Indian journal of veterinary science and animal husbandry - Volumes 24-25, 1954-1955
Year: 1954
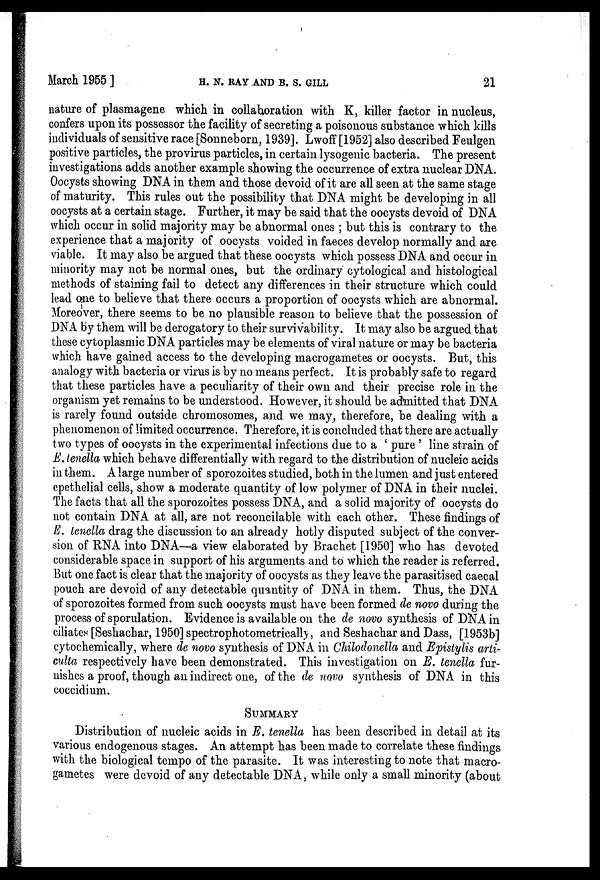
March 1955]
H.
N.
RAY
AND
B.
S.
GILL
21
nature of plasmagene which in collaboration with K, killer factor in nucleus,
confers upon its possessor the facility of secreting a poisonous substance which kills
individuals of sensitive race [Sonneborn, 1939]. Lwoff [1952] also described Feulgen
positive particles, the provirus particles, in certain lysogenic bacteria. The present
investigations adds another example showing the occurrence of extra nuclear DNA.
Oocysts showing DNA in them and those devoid of it are all seen at the same stage
of maturity. This rules out the possibility that DNA might be developing in all
oocysts at a certain stage. Further, it may be said that the oocysts devoid of DNA
which occur in solid majority may be abnormal ones ; but this is contrary to the
experience that a majority of oocysts voided in faeces develop normally and are
viable. It may also be argued that these oocysts which possess DNA and occur in
minority may not be normal ones, but the ordinary cytological and histological
methods of staining fail to detect any differences in their structure which could
lead one to believe that there occurs a proportion of oocysts which are abnormal.
Moreover, there seems to be no plausible reason to believe that the possession of
DNA by them will be derogatory to their survivability. It may also be argued that
these cytoplasmic DNA particles may be elements of viral nature or may be bacteria
which have gained access to the developing macrogametes or oocysts. But, this
analogy with bacteria or virus is by no means perfect. It is probably safe to regard
that these particles have a peculiarity of their own and their precise role in the
organism yet remains to be understood. However, it should be admitted that DNA
is rarely found outside chromosomes, and we may, therefore, be dealing with a
phenomenon of limited occurrence. Therefore, it is concluded that there are actually
two types of oocysts in the experimental infections due to a ' pure' line strain of
E. tenella which behave differentially with regard to the distribution of nucleic acids
in them. A large number of sporozoites studied, both in the lumen and just entered
epethelial cells, show a moderate quantity of low polymer of DNA in their nuclei.
The facts that all the sporozoites possess DNA, and a solid majority of oocysts do
not contain DNA at all, are not reconcilable with each other. These findings of
E. tenella drag the discussion to an already hotly disputed subject of the conver-
sion of RNA into DNA—a view elaborated by Brachet [1950] who has devoted
considerable space in support of his arguments and to which the reader is referred.
But one fact is clear that the majority of oocysts as they leave the parasitised caecal
pouch are devoid of any detectable quantity of DNA in them. Thus, the DNA
of sporozoites formed from such oocysts must have been formed de novo during the
process of sporulation. Evidence is available on the de novo synthesis of DNA in
ciliates [Seshachar, 1950] spectrophotometrically, and Seshachar and Dass, [1953b]
cytochemically, where de novo synthesis of DNA in Chilodonella and Epistylis arti-
culta respectively have been demonstrated. This investigation on E. tenella fur-
nishes a proof, though an indirect one, of the de novo synthesis of DNA in this
coccidium.
SUMMARY
Distribution of nucleic acids in E. tenella has been described in detail at its
various endogenous stages. An attempt has been made to correlate these findings
with the biological tempo of the parasite. It was interesting to note that macro-
gametes were devoid of any detectable DNA, while only a small minority (about